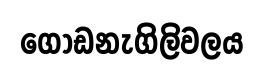
ගොඩනැගිලිවලය